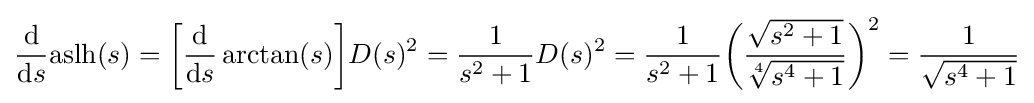
{\frac {\mathrm {d} }{\mathrm {d} s}}{\text{aslh}}(s)={\biggl [}{\frac {\mathrm {d} }{\mathrm {d} s}}\arctan(s){\biggr ]}D(s)^{2}={\frac {1}{s^{2}+1}}D(s)^{2}={\frac {1}{s^{2}+1}}{\biggl (}{\frac {\sqrt {s^{2}+1}}{\sqrt[{4}]{s^{4}+1}}}{\biggr )}^{2}={\frac {1}{\sqrt {s^{4}+1}}}